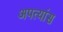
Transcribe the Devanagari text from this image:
अपत्यांस